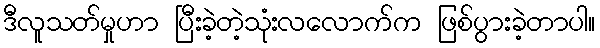
ဒီလူသတ်မှုဟာ ပြီးခဲ့တဲ့သုံးလလောက်က ဖြစ်ပွားခဲ့တာပါ။